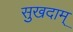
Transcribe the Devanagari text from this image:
सुखदाम्